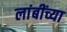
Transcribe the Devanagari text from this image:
लांबींच्या